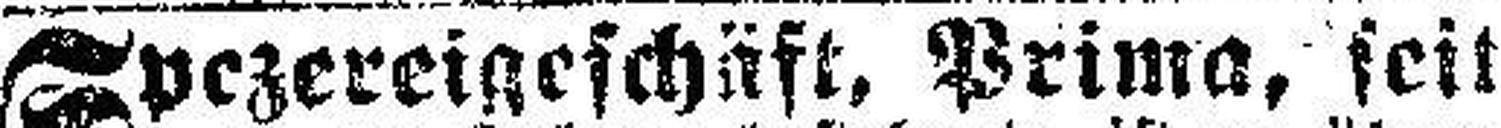
Spezereigeschäft, Prima, seit